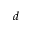
d